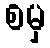
စမှ